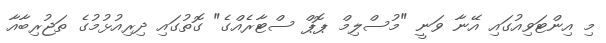
މި އިންޓަވިއުގައި އޭނާ ވަނީ "މުސްލިމް ޕޮޕް ސްޓާރެއްގެ" ގޮތުގައި ދިރިއުޅުމުގެ ތަޖުރިބާއާ